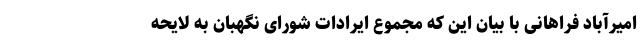
امیرآباد فراهانی با بیان این که مجموع ایرادات شورای نگهبان به لایحه